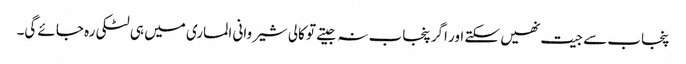
پنجاب سے جیت نھیں سکتے اور اگر پنجاب نہ جیتے تو کالی شیروانی الماری میں ہی لٹکی رہ جائے گی۔